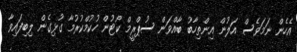
އެހެން ނަމަވެސް އަލުން އިންތިހާބު ބާއްވަން ސުޕްރީމް ކޯޓުން ހުކުމްކުރުމާ ގުޅިގެން ލިބިފައިވާ